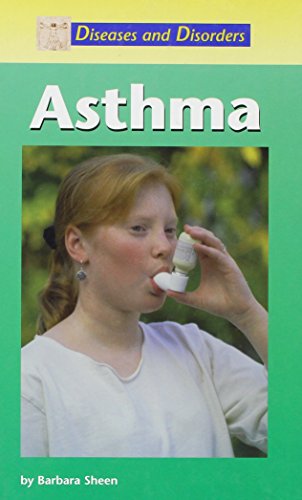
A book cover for Diseases and Disorders - Asthma; Barbara Sheen; Health, Fitness & Dieting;